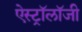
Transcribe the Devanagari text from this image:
ऐस्ट्रॉलॉजी